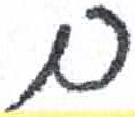
אות: ם